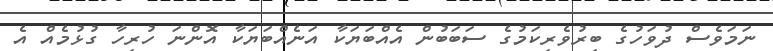
ނަމަވެސް ދުވަހުގެ ބިރުވެރިކަމުގެ ސަބަބުން އެއްބަޔަކާ އަނެއްބަޔަކާ އޮންނަ ހުރިހާ ގުޅުމެއް އެ